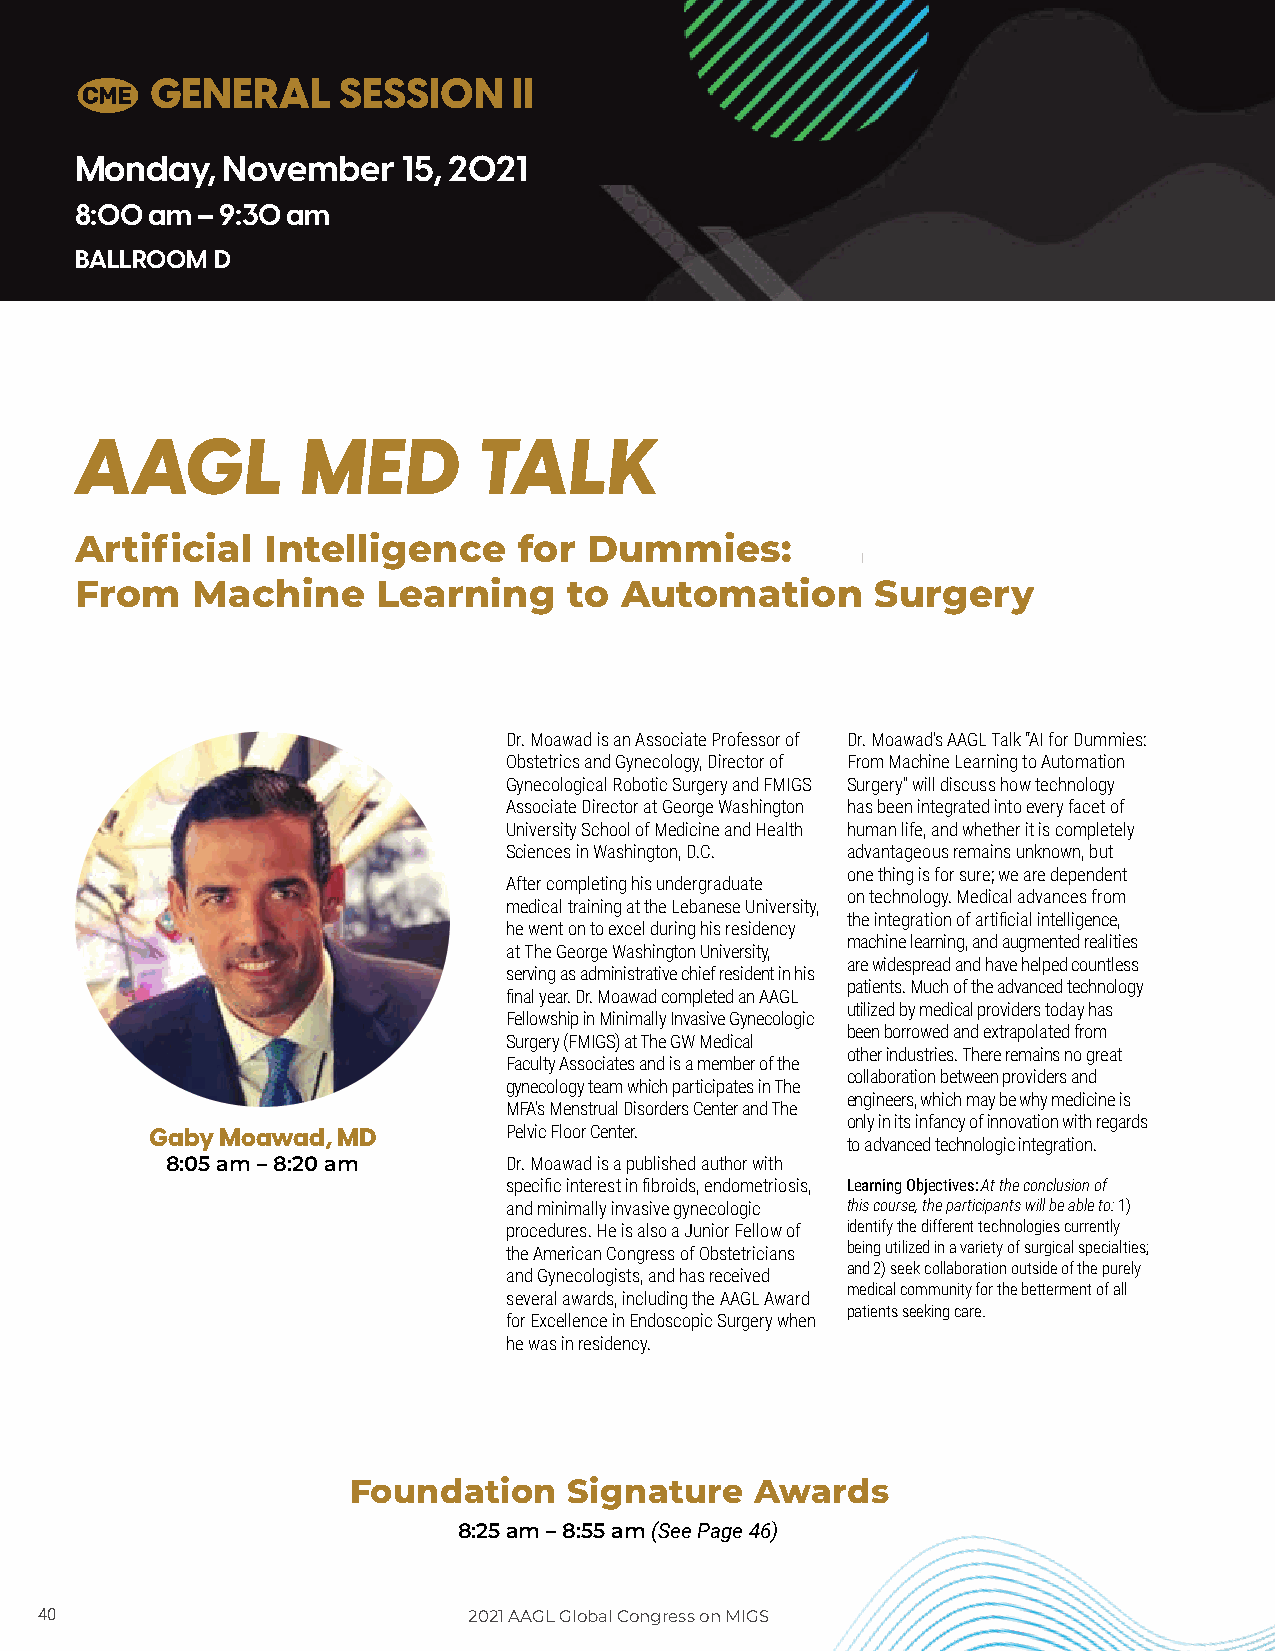
C
 GENERAL     SESSION     II
 Monday,   November    15, 2021
 8:00 am – 9:30 am
 BALLROOM D
 AAGL           MED         TALK
 Artificial   Intelligence    for  Dummies:
 From    Machine     Learning     to Automation       Surgery
 Dr. Moawad is an Associate Professor of Dr. Moawad’s AAGL Talk “AI for Dummies:
 Obstetrics and Gynecology, Director of From Machine Learning to Automation
 Gynecological Robotic Surgery and FMIGS Surgery” will discuss how technology
 Associate Director at George Washington has been integrated into every facet of
 University School of Medicine and Health human life, and whether it is completely
 Sciences in Washington, D.C. advantageous remains unknown, but
 one thing is for sure; we are dependent
 After completing his undergraduate
 on technology. Medical advances from
 medical training at the Lebanese University,
 the integration of artificial intelligence,
 he went on to excel during his residency
 machine learning, and augmented realities
 at The George Washington University,
 are widespread and have helped countless
 serving as administrative chief resident in his
 patients. Much of the advanced technology
 final year. Dr. Moawad completed an AAGL
 utilized by medical providers today has
 Fellowship in Minimally Invasive Gynecologic
 been borrowed and extrapolated from
 Surgery (FMIGS) at The GW Medical
 other industries. There remains no great
 Faculty Associates and is a member of the
 collaboration between providers and
 gynecology team which participates in The
 engineers, which may be why medicine is
 MFA’s Menstrual Disorders Center and The
 only in its infancy of innovation with regards
 Gaby Moawad, MD         Pelvic Floor Center.
 to advanced technologic integration.
 8:05 am – 8:20 am      Dr. Moawad is a published author with
 specific interest in fibroids, endometriosis, Learning Objectives: At the conclusion of
 and minimally invasive gynecologic this course, the participants will be able to: 1)
 procedures. He is also a Junior Fellow of identify the different technologies currently
 the American Congress of Obstetricians being utilized in a variety of surgical specialties;
 and 2) seek collaboration outside of the purely
 and Gynecologists, and has received
 medical community for the betterment of all
 several awards, including the AAGL Award
 patients seeking care.
 for Excellence in Endoscopic Surgery when
 he was in residency.
 Foundation     Signature   Awards
 8:25 am – 8:55 am (See Page 46)
 4400                         22002211 AAAAGGLL GGlloobbaall CCoonnggrreessss oonn MMIIGGSS